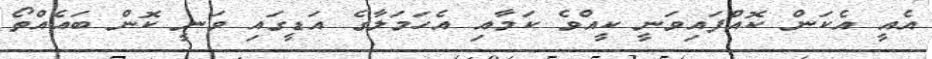
އެއީ އެކަން ކޮއްފައިވަނީ ކީއްވެ ކަމާއި އެހަމަލާގެ އަޑީގައި ވަނީ ކޮން ބައެއްތޯ